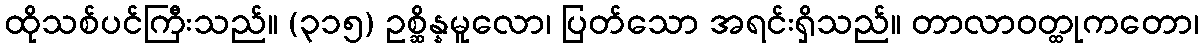
ထိုသစ်ပင်ကြီးသည်။ (၃၁၅) ဥစ္ဆိန္နမူလော၊ ပြတ်သော အရင်းရှိသည်။ တာလာဝတ္ထုကတော၊